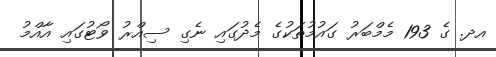
އދ. ގެ 193 މެމްބަރު ގައުމުތަކުގެ މެދުގައި ނެގި ސިއްރު ވޯޓުގައި އާއްމު